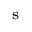
_ { \mathrm { ~ s ~ } }